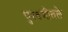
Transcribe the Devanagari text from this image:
पुरवणीतले